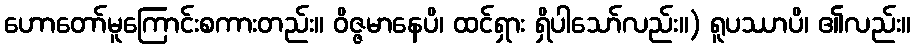
ဟောတော်မူကြောင်းစကားတည်း။ ဝိဇ္ဇမာနေပိ၊ ထင်ရှား ရှိပါသော်လည်း။) ရူပဿာပိ၊ ၏လည်း။